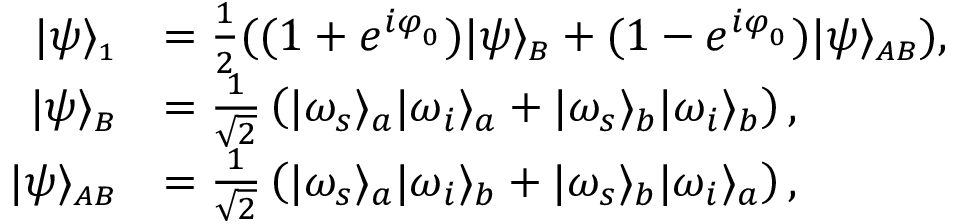
\begin{array} { r l } { | \psi \rangle _ { \scriptscriptstyle 1 } } & { = \frac { 1 } { 2 } ( ( 1 + e ^ { i \varphi _ { _ 0 } } ) | \psi \rangle _ { \scriptscriptstyle B } + ( 1 - e ^ { i \varphi _ { _ 0 } } ) | \psi \rangle _ { \scriptscriptstyle A B } ) , } \\ { | \psi \rangle _ { \scriptscriptstyle B } } & { = \frac { 1 } { \sqrt { 2 } } \left( \vert \omega _ { s } \rangle _ { a } \vert \omega _ { i } \rangle _ { a } + \vert \omega _ { s } \rangle _ { b } \vert \omega _ { i } \rangle _ { b } \right) , } \\ { | \psi \rangle _ { \scriptscriptstyle A B } } & { = \frac { 1 } { \sqrt { 2 } } \left( \vert \omega _ { s } \rangle _ { a } \vert \omega _ { i } \rangle _ { b } + \vert \omega _ { s } \rangle _ { b } \vert \omega _ { i } \rangle _ { a } \right) , } \end{array}